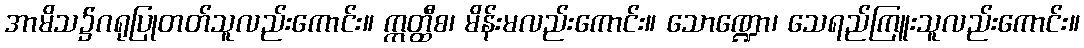
အာမိသ၌ဂရုပြုတတ်သူလည်းကောင်း။ ဣတ္ထီစ၊ မိန်းမလည်းကောင်း။ သောဏ္ဍော၊ သေရည်ကြူးသူလည်းကောင်း။